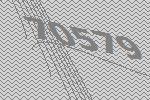
70579